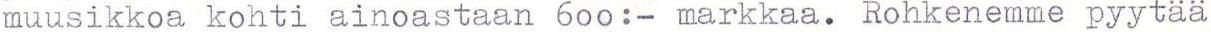
muusikkoa kohti ainoastaan 6oo:- markkaa. Rohkenemme pyytää